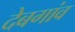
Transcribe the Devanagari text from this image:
देबगांव